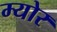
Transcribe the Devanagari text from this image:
म्‍योर